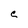
Character: C